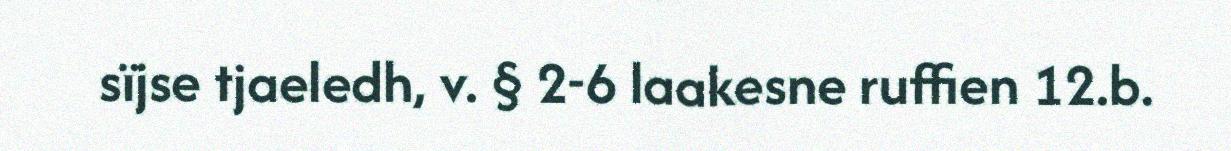
sïjse tjaeledh, v. § 2-6 laakesne ruffien 12.b.